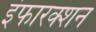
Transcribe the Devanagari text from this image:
इंफारक्शन